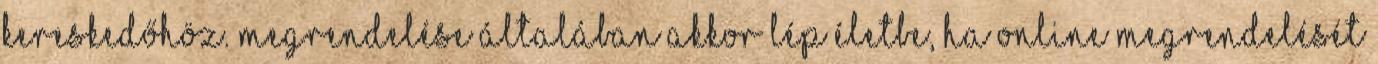
kereskedőhöz. Megrendelése általában akkor lép életbe, ha online megrendelését